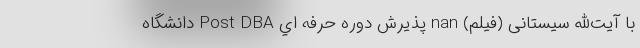
با آيت‌الله سيستانی (فیلم) nan پذيرش دوره حرفه اي Post DBA دانشگاه